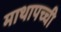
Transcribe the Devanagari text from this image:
माथापच्‍ची